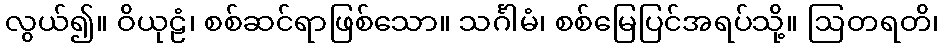
လွယ်၍။ ဝိယုဠံ၊ စစ်ဆင်ရာဖြစ်သော။ သင်္ဂါမံ၊ စစ်မြေပြင်အရပ်သို့။ ဩတရတိ၊